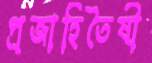
প্রজাহিতৈষী